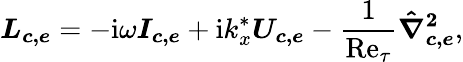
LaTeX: \boldsymbol{L_{c,e}}=-\mathrm{i}\omega\boldsymbol{I_{c,e}}+\mathrm{i}k_{x}^{*}\boldsymbol{U_{c,e}}-\frac{1}{\mathrm{Re}_{\tau}}\boldsymbol{\hat{\nabla}_{c,e}^{2}},